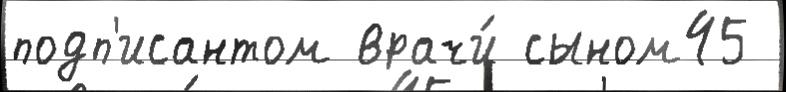
подп'исантом врачи́ сыном45